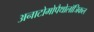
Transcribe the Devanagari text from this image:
अनाटोमोपैथोलॉजिकल